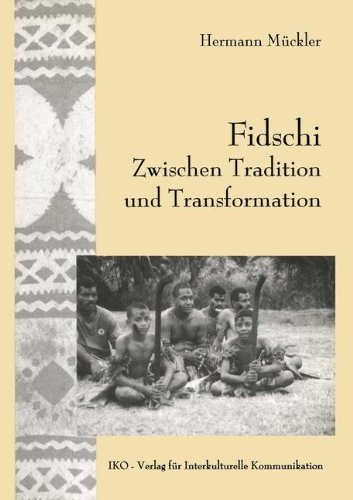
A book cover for Fidschi Zwischen Tradition und Transformation: Koloniales Erbe, HÃ¤uptlingstum und ethnische HeterogenitÃ¤t als Herausforderung an die Zukunft; Hermann Muckler; History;